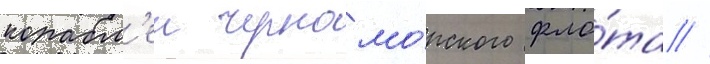
корабл'еи черномо́рского фло́та //